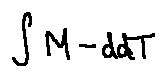
\int M - d d T